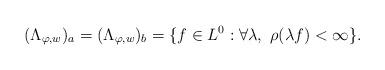
LaTeX: \begin{align*} (\Lambda_{\varphi, w})_a= (\Lambda_{\varphi, w})_b = \{f \in L^0 : \forall \lambda, \ \rho(\lambda f) < \infty \}. \end{align*}